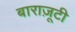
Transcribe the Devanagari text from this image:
बाराज़ूटी